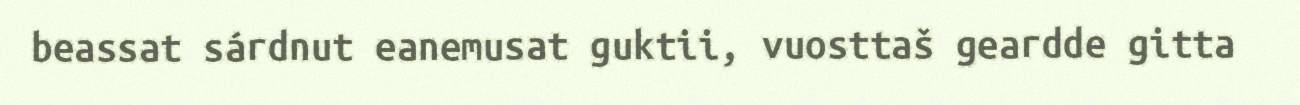
beassat sárdnut eanemusat guktii, vuosttaš geardde gitta